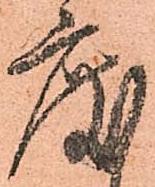
度